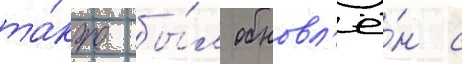
та́кже бы́л обновл'ё́н с